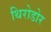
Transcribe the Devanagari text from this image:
थिरोडोर